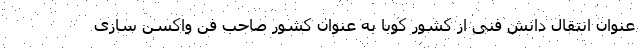
عنوان انتقال دانش فنی از کشور کوبا به عنوان کشور صاحب فن واکسن سازی